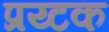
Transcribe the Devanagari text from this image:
प्रय्टक